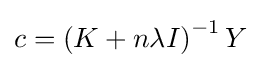
c=\left(K+n\lambda I\right)^{-1}Y